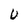
Character: U